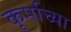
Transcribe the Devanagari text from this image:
कूर्माच्या